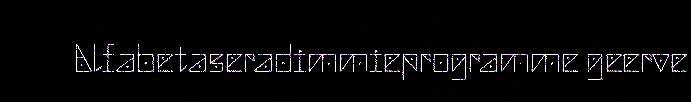
Alfabetaseradimmieprogramme geerve